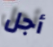
أجل